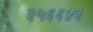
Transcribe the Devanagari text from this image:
३५६६४३